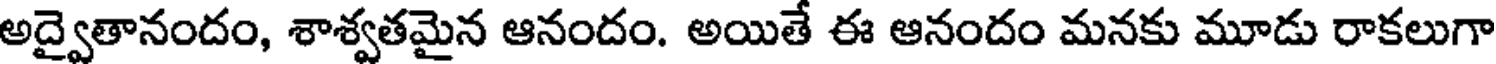
అద్వైతానందం, శాశ్వతమైన ఆనందం. అయితే ఈ ఆనందం మనకు మూడు రాకలుగా